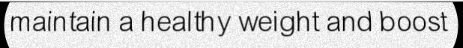
maintain a healthy weight and boost